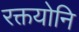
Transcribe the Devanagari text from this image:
रक्तयोनि